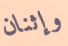
وإثنان